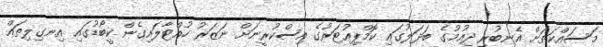
މަސައްކަތަށް އެނބުރި ދިއުމުގެ ބަދަލުގައި ކޮމްޕިއުޓަރުގެ އިސްކުރީނަށް ނަޒަރު ހުއްޓާލައިގެން ކީބޯޑުގައި އިނގިލިތައް